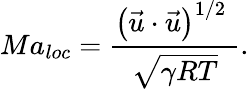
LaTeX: M{{a}_{loc}}=\frac{{{\left(\vec{u}\cdot\vec{u}\right)}^{{1}/{2}\; }}}{\sqrt{\gamma RT}}.